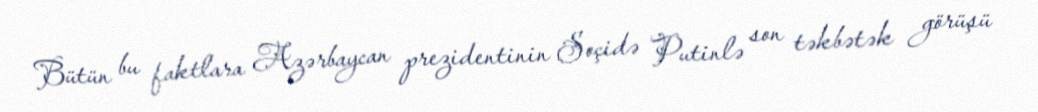
Bütün bu faktlara Azərbaycan prezidentinin Soçidə Putinlə son təkbətək görüşü